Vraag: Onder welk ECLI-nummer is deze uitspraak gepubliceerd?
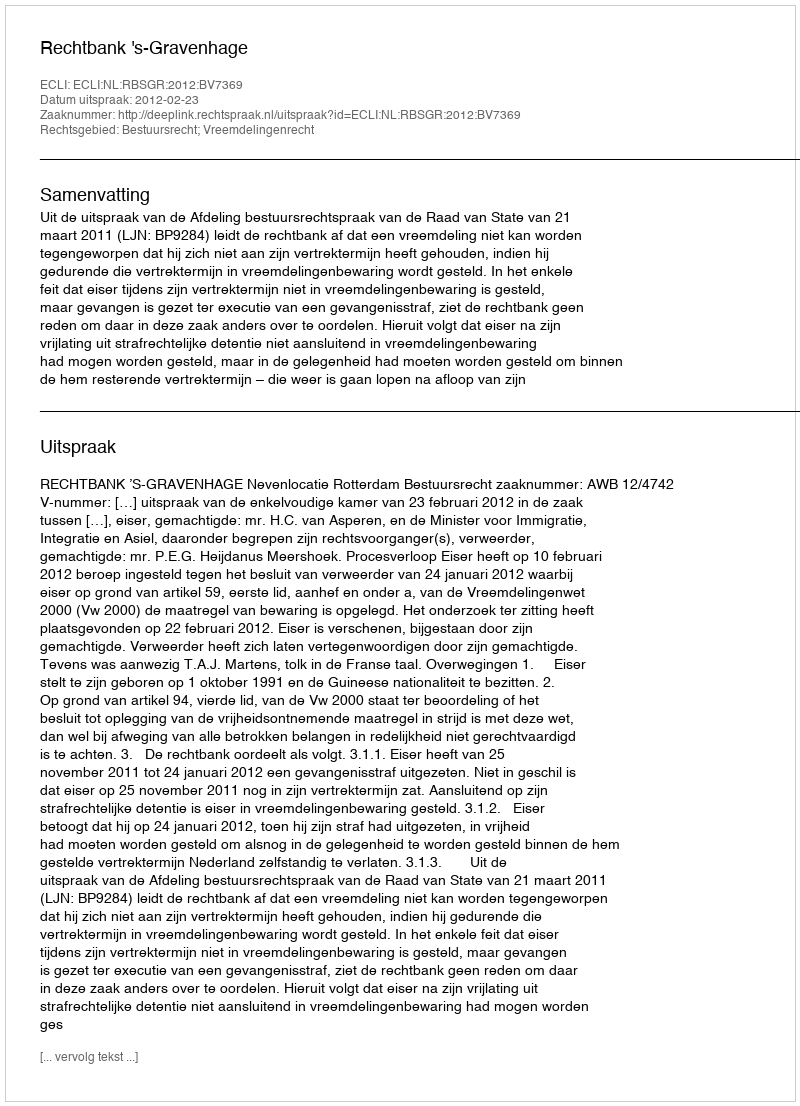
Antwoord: ECLI:NL:RBSGR:2012:BV7369